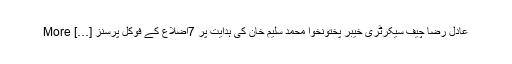
عادل رضا چیف سیکرٹری خیبر پختونخوا محمد سلیم خان کی ہدایت پر 7اضلاع کے فوکل پرسنز […] More